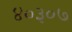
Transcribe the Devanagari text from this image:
४०३०७